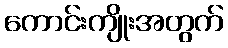
ကောင်းကျိုးအတွက်